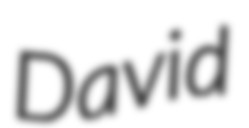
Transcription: David